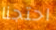
احتجنا